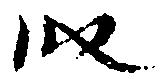
段